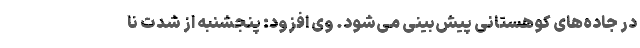
در جاده‌های کوهستانی پیش‌بینی می‌شود. وی افزود: پنجشنبه از شدت نا